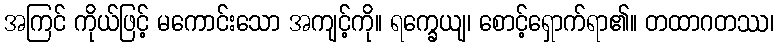
အကြင် ကိုယ်ဖြင့် မကောင်းသော အကျင့်ကို။ ရက္ခေယျ၊ စောင့်ရှောက်ရာ၏။ တထာဂတဿ၊